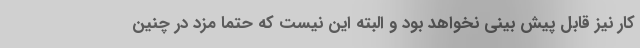
کار نیز قابل پیش بینی نخواهد بود و البته این نیست که حتما مزد در چنین